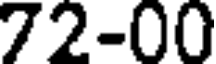
72-00